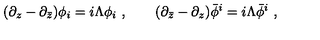
( \partial _ { z } - \partial _ { \bar { z } } ) \phi _ { i } = i \Lambda \phi _ { i } \ , \qquad ( \partial _ { \bar { z } } - \partial _ { z } ) \bar { \phi } ^ { i } = i \Lambda \bar { \phi } ^ { i } \ ,